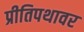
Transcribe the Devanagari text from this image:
प्रीतिपथावर